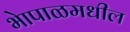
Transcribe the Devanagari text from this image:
भेापाळमधील